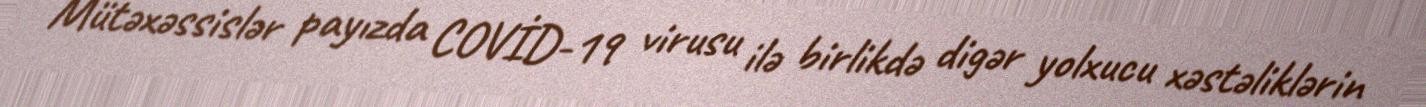
Mütəxəssislər payızda COVİD-19 virusu ilə birlikdə digər yolxucu xəstəliklərin